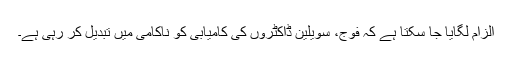
الزام لگایا جا سکتا ہے کہ فوج، سویلین ڈاکٹروں کی کامیابی کو ناکامی میں تبدیل کر رہی ہے۔